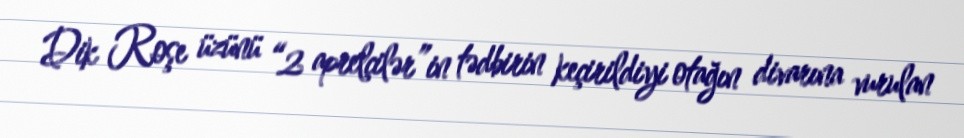
Dik Roşe üzünü “2 aprelçilər”in tədbirin keçirildiyi otağın divarına vurulan